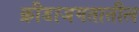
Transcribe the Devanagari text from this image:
क्रीडाजगतातील